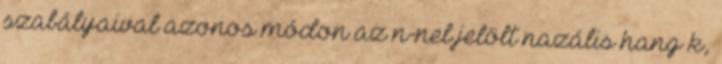
szabályaival azonos módon az n-nel jelölt nazális hang k,